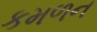
કમળન